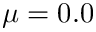
\mu = 0 . 0